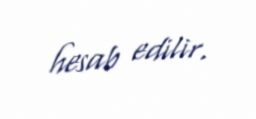
hesab edilir.